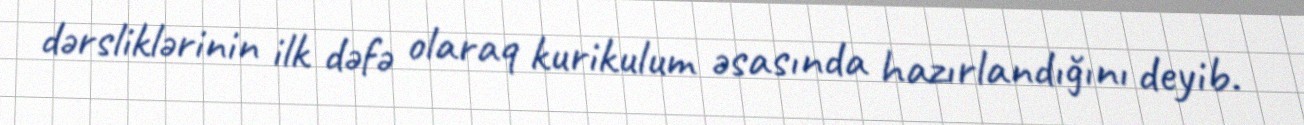
dərsliklərinin ilk dəfə olaraq kurikulum əsasında hazırlandığını deyib.